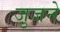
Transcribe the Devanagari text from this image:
जुजने